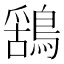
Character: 𮭆